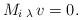
LaTeX: \begin{align*}M_i\,{}_\lambda\, v=0.\end{align*}